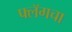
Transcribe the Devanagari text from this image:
फ्लॅगचा